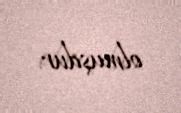
olmuşdur.